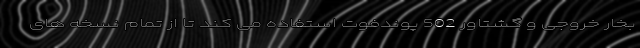
بخار خروجی و گشتاور 502 پوندفوت استفاده می کند تا از تمام نسخه های